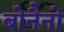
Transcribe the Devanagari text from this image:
बोनैनो